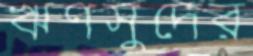
ঋণসুদের